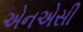
એનએસી